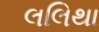
લલિથા